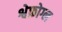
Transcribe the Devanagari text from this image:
श्वेफ़ोग्ल